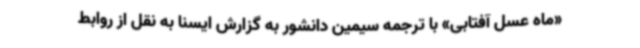
«ماه عسل آفتابی» با ترجمه سیمین دانشور به گزارش ایسنا به نقل از روابط